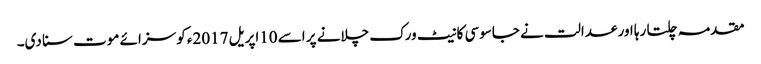
مقدمہ چلتا رہا اور عدالت نے جاسوسی کا نیٹ ورک چلانے پر اسے 10اپریل 2017ء کو سزائے موت سنا دی۔